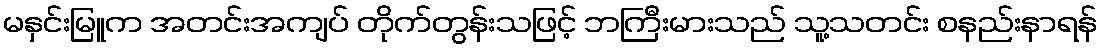
မနှင်းမြူက အတင်းအကျပ် တိုက်တွန်းသဖြင့် ဘကြီးမားသည် သူ့သတင်း စနည်းနာရန်